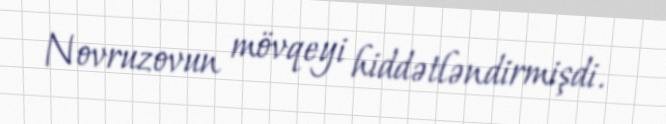
Novruzovun mövqeyi hiddətləndirmişdi.